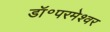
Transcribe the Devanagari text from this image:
डॉ॰परमेश्वर